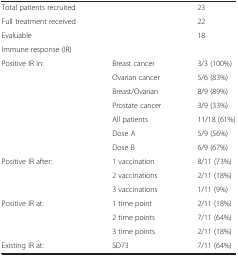
<table><thead><tr><td><b> </b></td><td><b> </b></td><td><b> </b></td></tr></thead><tbody><tr><td>Total patients recruited</td><td> </td><td>23</td></tr><tr><td>Full treatment received</td><td> </td><td>22</td></tr><tr><td>Evaluable</td><td> </td><td>18</td></tr><tr><td colspan="2">Immune response (IR)</td><td> </td></tr><tr><td>Positive IR in:</td><td>Breast cancer</td><td>3/3 (100%)</td></tr><tr><td> </td><td>Ovarian cancer</td><td>5/6 (83%)</td></tr><tr><td> </td><td>Breast/Ovarian</td><td>8/9 (89%)</td></tr><tr><td> </td><td>Prostate cancer</td><td>3/9 (33%)</td></tr><tr><td> </td><td>All patients</td><td>11/18 (61%)</td></tr><tr><td> </td><td>Dose A</td><td>5/9 (56%)</td></tr><tr><td> </td><td>Dose B</td><td>6/9 (67%)</td></tr><tr><td>Positive IR after:</td><td>1 vaccination</td><td>8/11 (73%)</td></tr><tr><td> </td><td>2 vaccinations</td><td>2/11 (18%)</td></tr><tr><td> </td><td>3 vaccinations</td><td>1/11 (9%)</td></tr><tr><td>Positive IR at:</td><td>1 time point</td><td>2/11 (18%)</td></tr><tr><td> </td><td>2 time points</td><td>7/11 (64%)</td></tr><tr><td> </td><td>3 time points</td><td>2/11 (18%)</td></tr><tr><td>Existing IR at:</td><td>SD73</td><td>7/11 (64%)</td></tr></tbody></table>